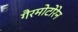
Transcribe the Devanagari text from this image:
गैरमोटोरेन